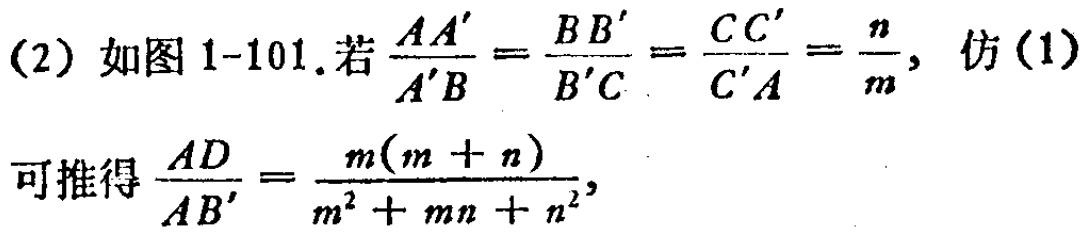
(2) 如图 1-101. 若$\frac{AA'}{A'B}=\frac{BB'}{B'C}=\frac{CC'}{C'A}=\frac{n}{m}$, 仿 (1)

可推得$\frac{AD}{AB'}=\frac{m(m + n)}{m^{2}+mn + n^{2}}$.